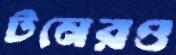
টনেরও